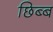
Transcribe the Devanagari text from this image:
छिब्ब